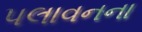
પલાવનના